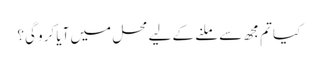
کیا تم مجھ سے ملنے کے لیے محل میں آیا کرو گی؟